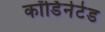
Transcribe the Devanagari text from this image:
कॉर्डिनेटेड